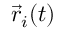
\vec { r } _ { i } ( t )